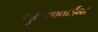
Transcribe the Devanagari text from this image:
सुलभाताईंना